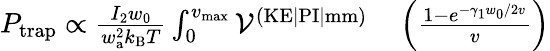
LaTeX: \begin{array}{rl}{P_{\mathrm{trap}}\propto\frac{I_{2}w_{0}}{w_{\textrm{a}}^{2}k_{\textrm{B}}T}\int_{0}^{v_{\textrm{max}}}\mathcal{V}^{(\textrm{KE|PI|mm})}}&{{}\left(\frac{1-e^{-\gamma_{1}w_{0}/2v}}{v}\right)}\end{array}